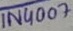
Text: 1N4007